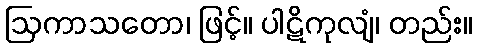
ဩကာသတော၊ ဖြင့်။ ပါဋိကုလျံ၊ တည်း။